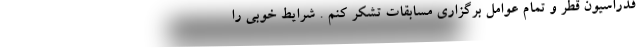
فدراسیون قطر و‌ تمام عوامل برگزاری مسابقات تشکر کنم . شرایط خوبی را